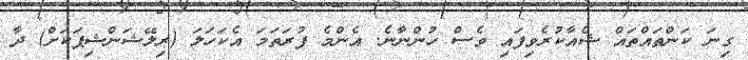
ގިނަ ކަންތައްތައް ޝެއާކުރެވިފައި ވެސް ހުންނާނެ. އެންމެ ފުރަތަމަ އެކަހަލަ (ރިލޭޝަންޝިޕަކަށް) ދާ